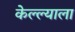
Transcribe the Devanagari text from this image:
केल्ल्याला